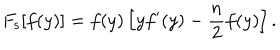
F _ { \mathrm { s } } [ f ( y ) ] = f ( y ) \left[ y f ^ { \prime } ( y ) - \frac { n } { 2 } f ( y ) \right] .